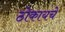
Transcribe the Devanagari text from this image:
ठोकायचे